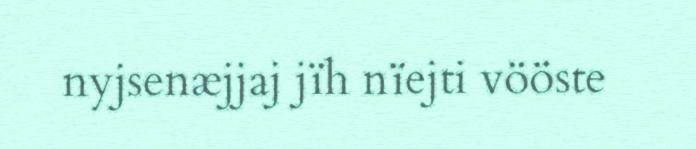
nyjsenæjjaj jïh nïejti vööste